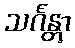
သင်္ဂန္တွာ